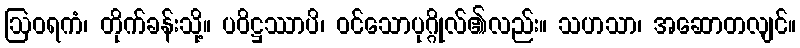
ဩဝရကံ၊ တိုက်ခန်းသို့။ ပဝိဋ္ဌဿာပိ၊ ဝင်သောပုဂ္ဂိုလ်၏လည်း။ သဟသာ၊ အဆောတလျင်။